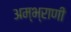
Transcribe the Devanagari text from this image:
अम्भ्राणी